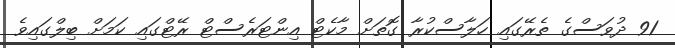
91 ދުވަސްގެ ތެރޭގައި ހަލާސްކުރާ ގޮތަށް މާކެޓް އިންޓަރެސްޓް ރޭޓްގައި ކަމަށް ބިލްގައިވެ